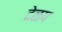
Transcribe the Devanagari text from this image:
देळप